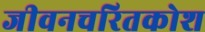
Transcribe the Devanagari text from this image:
जीवनचरितकोश